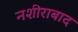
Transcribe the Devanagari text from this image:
नशीराबाद